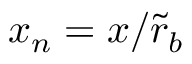
x _ { n } = x / \tilde { r } _ { b }